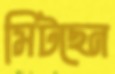
মিটছেন